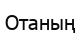
Отаның